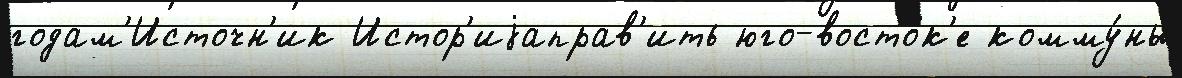
годам'Источн'ик Истор'иjаправ'ить юго-восто́к'е комму́ны